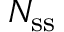
N _ { \mathrm { s s } }